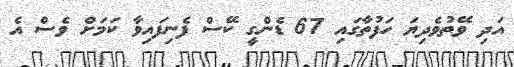
އަދި ވޭތުވެދިޔަ ހަފުތާގައި 67 ޑެންގީ ކޭސް ފެނިފައިވާ ކަމަށް ވެސް އެ